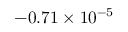
- 0 . 7 1 \times 1 0 ^ { - 5 }